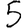
Digit: 5